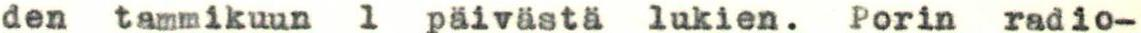
den tammikuun 1 päivästä lukien. Porin radio-